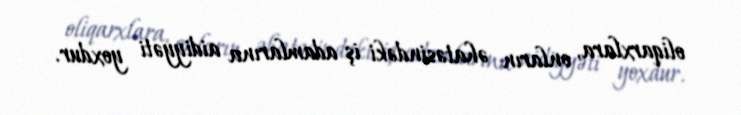
oliqarxlara, onların əhatəsindəki iş adamlarına aidiyyəti yoxdur.